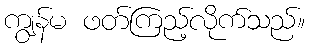
ကျွန်မ ဖတ်ကြည့်လိုက်သည်။